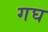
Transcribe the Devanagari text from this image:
गघ